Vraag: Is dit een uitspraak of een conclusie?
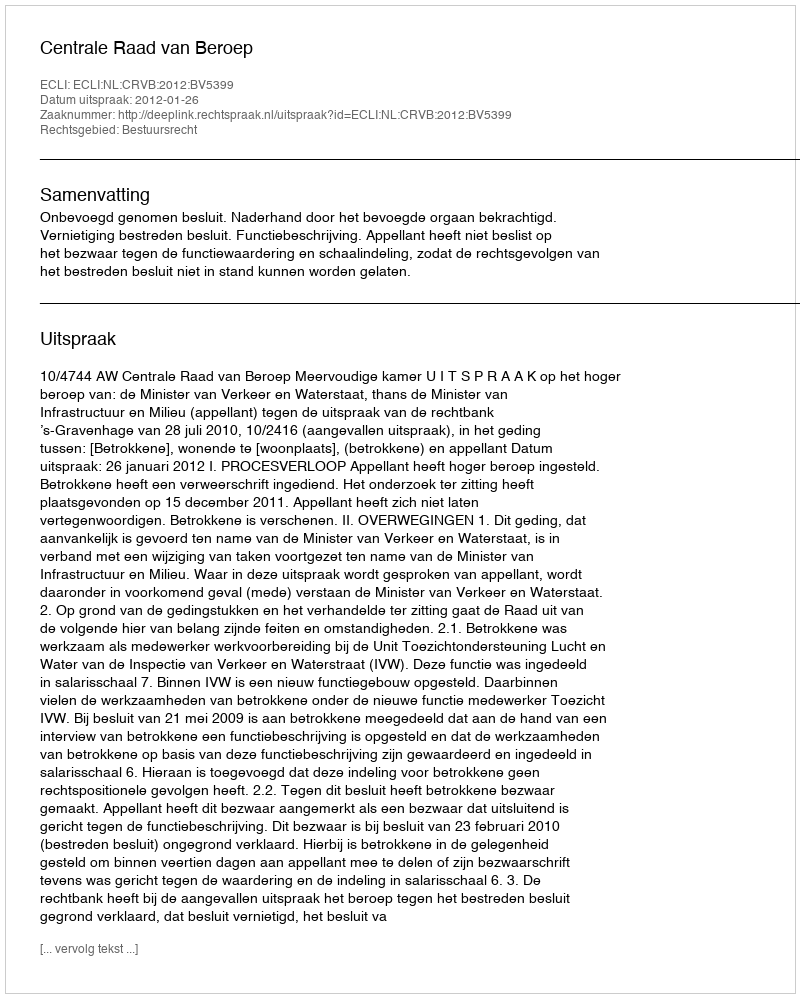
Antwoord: Uitspraak